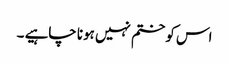
اس کو ختم نہیں ہونا چاہیے ۔